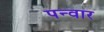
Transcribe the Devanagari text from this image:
पन्वार